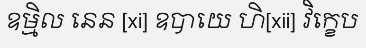
ឧម្មិល នេន [xi] ឧបាយេ ហិ[xii] វិក្ខេប